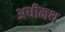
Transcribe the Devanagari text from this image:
अधीनथ